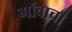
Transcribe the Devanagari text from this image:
गांवाचा